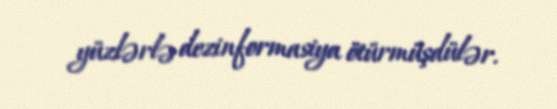
yüzlərlə dezinformasiya ötürmüşdülər.